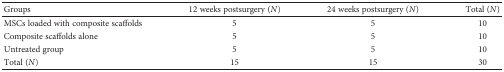
| Groups | 12 weeks postsurgery (N) | 24 weeks postsurgery (N) | Total (N) |
 | --- | --- | --- | --- |
 | MSCs loaded with composite scaffolds | 5 | 5 | 10 |
 | Composite scaffolds alone | 5 | 5 | 10 |
 | Untreated group | 5 | 5 | 10 |
 | Total (N) | 15 | 15 | 30 |